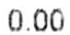
0.00